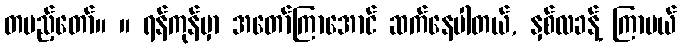
တပည့်တော်။ ။ ရန်ကုန်မှာ အတော်ကြာအောင် ဆက်နေပါတယ်, နှစ်လခန့် ကြာမယ်